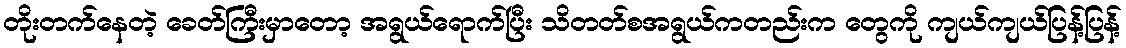
တိုးတက်နေတဲ့ ခေတ်ကြီးမှာတော့ အရွယ်ရောက်ပြီး သိတတ်စအရွယ်ကတည်းက တွေကို ကျယ်ကျယ်ပြန့်ပြန့်